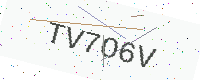
Text: TV7O6V